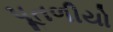
પૂતળીયો